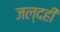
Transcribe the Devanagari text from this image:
जल्दही